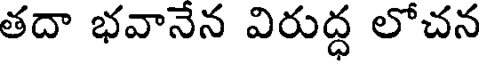
తదా భవానేన విరుద్ధ లోచన